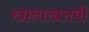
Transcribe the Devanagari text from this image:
खानाखराबी